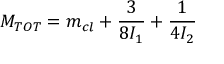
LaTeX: M _ { T O T } = m _ { c l } + \frac { 3 } { 8 I _ { 1 } } + \frac { 1 } { 4 I _ { 2 } }